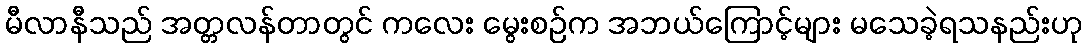
မီလာနီသည် အတ္တလန်တာတွင် ကလေး မွေးစဉ်က အဘယ်ကြောင့်များ မသေခဲ့ရသနည်းဟု